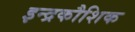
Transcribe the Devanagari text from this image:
इन्द्रकौशिक